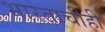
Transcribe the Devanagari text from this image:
भारताचीही